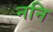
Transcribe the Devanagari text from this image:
ननि